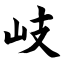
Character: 岐